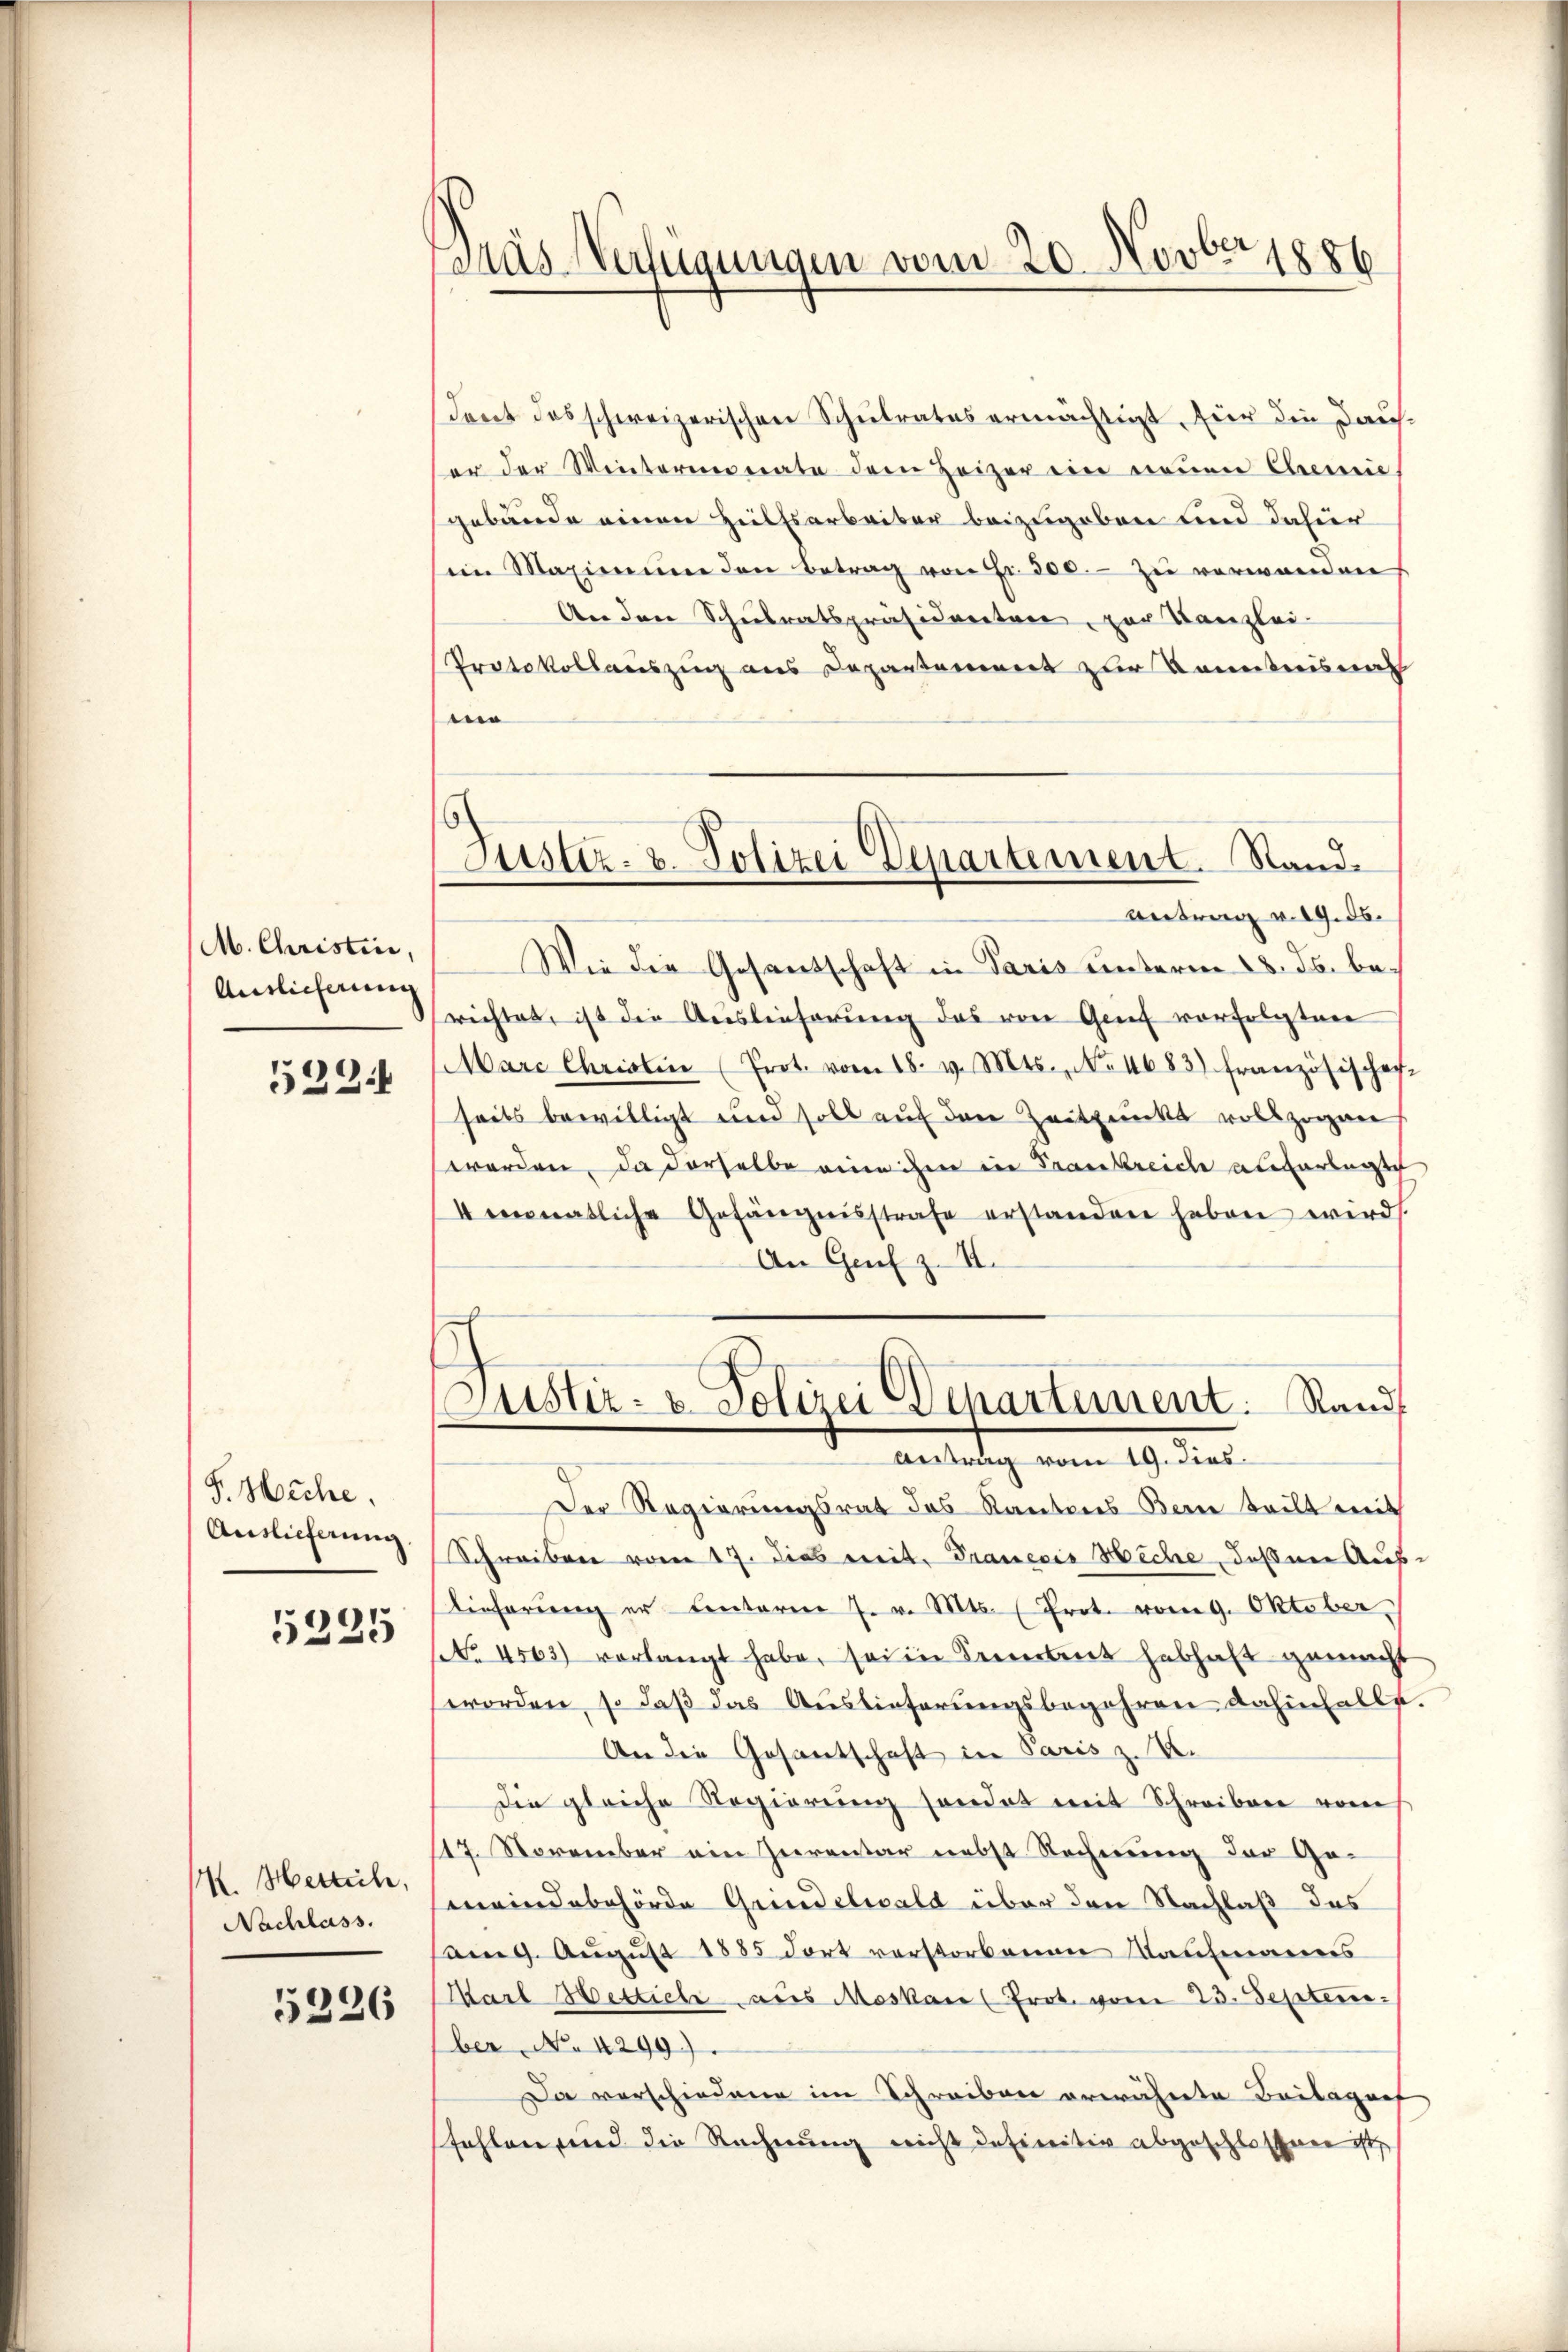
M. Christice,
Auslicherung
522

F. Heche.
Auslieferung.

5235

M. Merlich,
Nachlass.

5226

Dras Vertigungen vom 20. Novbr. 1886

Justiz- & Polizei Departement. Stand.

dont das schweizerischen Schulrates ermächtigt, für die Dauser der Wintermonate dem Heizer ein neŭen Chemie
gebäude einen Hülfsarbeiter beizugeben und dafür
im Maximum den Betrag von Fr. 300.- zu verwenden
An den Schulratspräsidenten, zur Kanzlei-
Protokollauszug aus Departement zur Kenntnisnah
i
Antrag v. 19. ds.
Wie die Gesandschaft in Paris unterm 28. ds. berichtet, ist die Auslieferung das von Grief vorfolgten
Marc Christin (Prot. vom 18. v. Mts., No. 1683) Französischech
seits bewilligt und soll auf den Zeitpunkt vollzogen
werden, da derselbe eine ihm in Frankreich auferlegte
4 monatliche Gefängnisstrafe erstanden haben wird.
An Genf z. II.
Justiz- & Polizei Departement. Stand
Antrag vom 19. dies
Der Regierungsrat des Kantons Bern teilt mit
Schreiben vom 17. dies mit. Tranesis Heche, deßene Aus¬
Dieferung er Centaren 7. v. Mts. (Prot. vom 9. Oktober,
(NNo. 4503) verlangt habe, seine Serbent habhaft gemacht
worden, so daß das Auslieferungsbegehren dahinfalle.
An die Gesantschaft in Paris z. B.
Die gleiche Regierung sondet mit Schreiben vom
17. November ein Inventar nebst Rechnung der Ge-
meindebehörde Grindelwald über den Nachlaß des
am 9. August 1885 dort verstorbenen Maufmannis
Marl Hettiche aus Moskau (Prot. vom 23. Septem
ber, No 4299).
Da verschiedene im Schreiben erwähnte Beilagenf
fehlen und die Rechnung nicht definitiv abgeschlossen ist,